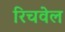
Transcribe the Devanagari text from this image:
रिचवेल